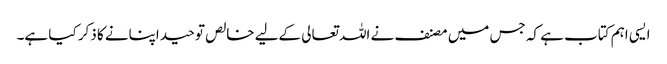
ایسی اہم کتاب ہے کہ جس میں مصنف نے اللہ تعالی کےلیے خالص توحید اپنانے کا ذکر کیا ہے۔